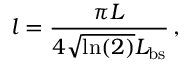
l = \frac { \pi L } { 4 \sqrt { \ln ( 2 ) } L _ { \mathrm { b s } } } \, ,